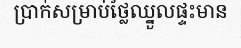
ប្រាក់សម្រាប់ថ្លៃឈ្នួលផ្ទះមាន